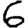
Digit: 6